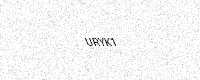
Text: URYK1